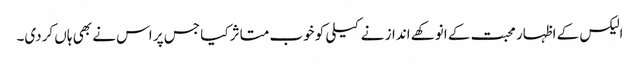
الیکس کے اظہار محبت کے انوکھے انداز نے کیلی کو خوب متاثر کیا جس پر اس نے بھی ہاں کردی۔